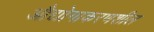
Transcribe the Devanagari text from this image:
औद्योगाकरणशील